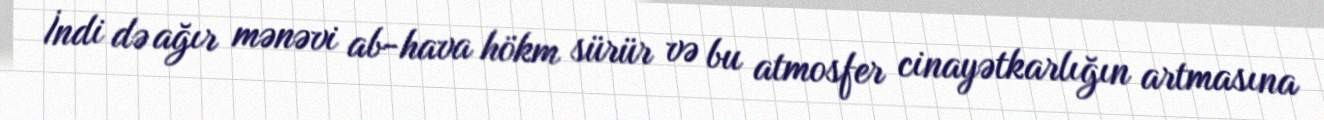
İndi də ağır mənəvi ab-hava hökm sürür və bu atmosfer cinayətkarlığın artmasına